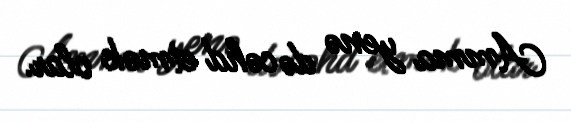
Amma yenə də cəhd etmək olar.